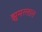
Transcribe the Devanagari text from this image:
झुमरलाल